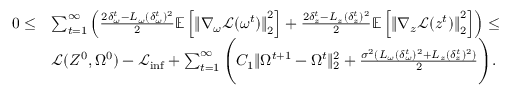
\begin{array} { r l } { 0 \leq } & { \sum _ { t = 1 } ^ { \infty } \left( \frac { 2 \delta _ { \omega } ^ { t } - L _ { \omega } ( \delta _ { \omega } ^ { t } ) ^ { 2 } } { 2 } \mathbb { E } \left[ \left\| \nabla _ { \omega } \mathcal { L } ( \omega ^ { t } ) \right\| _ { 2 } ^ { 2 } \right] + \frac { 2 \delta _ { z } ^ { t } - L _ { z } ( \delta _ { z } ^ { t } ) ^ { 2 } } { 2 } \mathbb { E } \left[ \left\| \nabla _ { z } \mathcal { L } ( z ^ { t } ) \right\| _ { 2 } ^ { 2 } \right] \right) \leq } \\ & { \mathcal { L } ( Z ^ { 0 } , \Omega ^ { 0 } ) - \mathcal { L } _ { \operatorname* { i n f } } + \sum _ { t = 1 } ^ { \infty } \Bigg ( C _ { 1 } \| \Omega ^ { t + 1 } - \Omega ^ { t } \| _ { 2 } ^ { 2 } + \frac { \sigma ^ { 2 } ( L _ { \omega } ( \delta _ { \omega } ^ { t } ) ^ { 2 } + L _ { z } ( \delta _ { z } ^ { t } ) ^ { 2 } ) } { 2 } \Bigg ) . } \end{array}